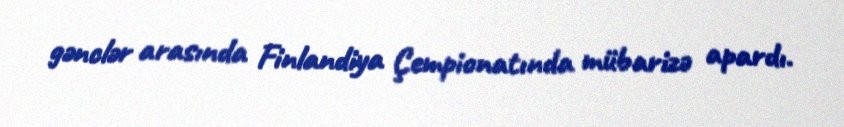
gənclər arasında Finlandiya Çempionatında mübarizə apardı.